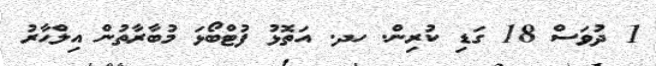
1 ދުވަސް 18 ގަޑި ކުރިން. ހދ. އަތޮޅު ފުޓްބޯޅަ މުބާރާތުން އިލްޙާރު